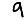
Digit: 9